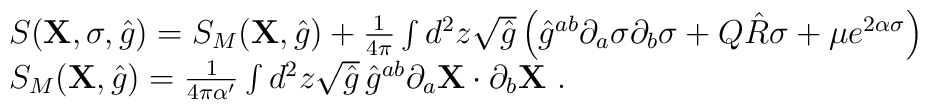
\begin{array}{l}  S( {\bf X} , \sigma , \hat{g} ) = S_{M}({\bf X} , \hat{g}) + \frac{1}{4\pi}    \int d^2 z \sqrt{\hat{g}} \left( \hat{g}^{ab}    \partial_a \sigma \partial_b \sigma + Q \hat{R} \sigma + \mu    e^{2\alpha\sigma} \right) \\   S_{M}( {\bf X},\hat{g} ) = \frac{1}{4\pi\alpha'} \int d^2 z \sqrt{\hat{g}}\,     \hat{g}^{ab} \partial_a {\bf X} \cdot \partial_b {\bf X} \ .  \end{array}